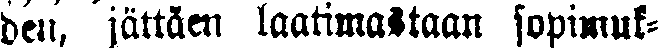
ben, jättäen laatimastaan sopimuk-